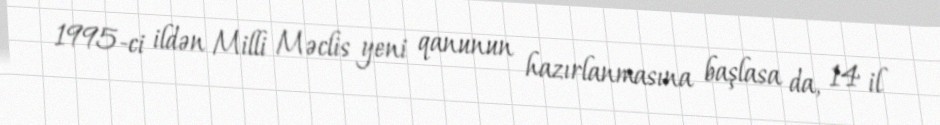
1995-ci ildən Milli Məclis yeni qanunun hazırlanmasına başlasa da, 14 il